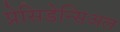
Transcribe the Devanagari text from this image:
प्रेसिडेन्सिअल